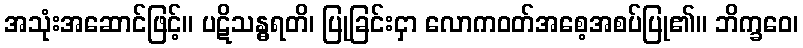
အသုံးအဆောင်ဖြင့်။ ပဋိသန္ဓရတိ၊ ပြုခြင်းငှာ လောကဝတ်အစေ့အစပ်ပြု၏။ ဘိက္ခဝေ၊